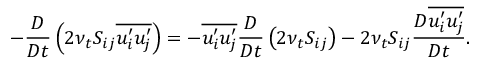
- \frac { D } { D t } \left( 2 \nu _ { t } S _ { i j } \overline { { u _ { i } ^ { \prime } u _ { j } ^ { \prime } } } \right) = - \overline { { u _ { i } ^ { \prime } u _ { j } ^ { \prime } } } \frac { D } { D t } \left( 2 \nu _ { t } S _ { i j } \right) - 2 \nu _ { t } S _ { i j } \frac { D \overline { { u _ { i } ^ { \prime } u _ { j } ^ { \prime } } } } { D t } .